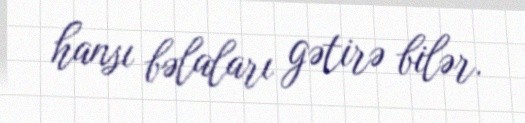
hansı bəlaları gətirə bilər.